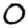
Digit: 0